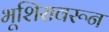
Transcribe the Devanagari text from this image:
भूशिरावरून